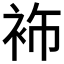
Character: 𮕶